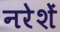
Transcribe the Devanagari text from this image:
नरेशें